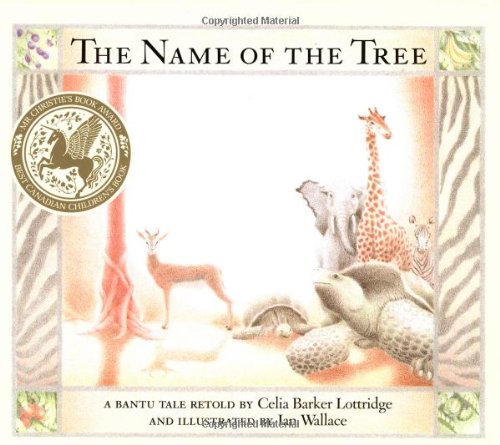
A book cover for The Name of the Tree: A Bantu Tale Retold; Celia Barker Lottridge; Children's Books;